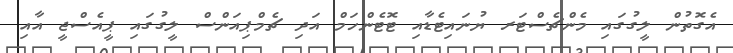
އެގޮތުން ލީގުގައި މެންޗެސްޓަރ ޔުނައިޓެޑާއި ޓޮޓެންހަމް އަދި ޗެމްޕިއަންސް ލީގުގައި ޕީއެސްޖީ އާއި